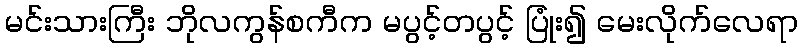
မင်းသားကြီး ဘိုလကွန်စကီက မပွင့်တပွင့် ပြုံး၍ မေးလိုက်လေရာ